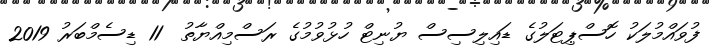
ފުވައްމުލަކު ހޮސްޕިޓަލުގެ ޑައިލިސިސް ޔުނިޓް ހުޅުވުމުގެ ރަސްމިއްޔާތު  11 ޑިސެމްބަރު 2019